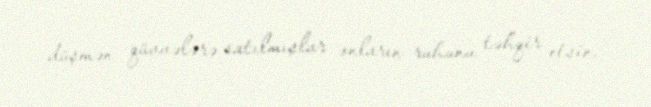
düşmən qüvvələrə satılmışlar onların ruhunu təhqir etsin.